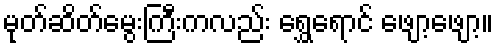
မုတ်ဆိတ်မွေးကြီးကလည်း ရွှေရောင် ဖျော့ဖျော့။